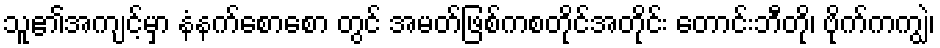
သူ၏အကျင့်မှာ နံနက်စောစော တွင် အမတ်ဖြစ်ကစတိုင်အတိုင်း တောင်းဘီတို၊ ဗိုက်ကကျွဲ၊